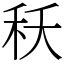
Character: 秗